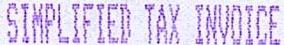
SIMPLIFIED TAX INVOICE